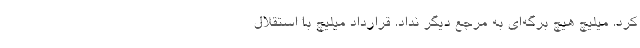
کرد. میلیچ هیچ برگه‌ای به مرجع دیگر نداد. قرارداد میلیچ با استقلال